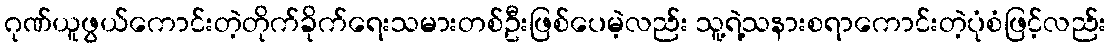
ဂုဏ်ယူဖွယ်ကောင်းတဲ့တိုက်ခိုက်ရေးသမားတစ်ဦးဖြစ်ပေမဲ့လည်း သူ့ရဲ့သနားစရာကောင်းတဲ့ပုံစံဖြင့်လည်း